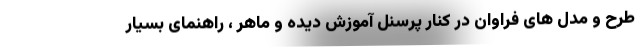
طرح و مدل های فراوان در کنار پرسنل آموزش دیده و ماهر ، راهنمای بسیار